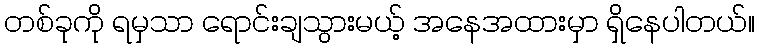
တစ်ခုကို ရမှသာ ရောင်းချသွားမယ့် အနေအထားမှာ ရှိနေပါတယ်။